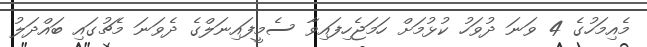
މެއިމަހުގެ 4 ވަނަ ދުވަހު ކުޅުމަށް ހަމަޖެހިފައިވާ ސެމީފައިނަލްގެ ދެވަނަ މެޗުގައި ބައްދަލު